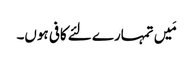
مَیں تمہارے لئے کافی ہوں۔